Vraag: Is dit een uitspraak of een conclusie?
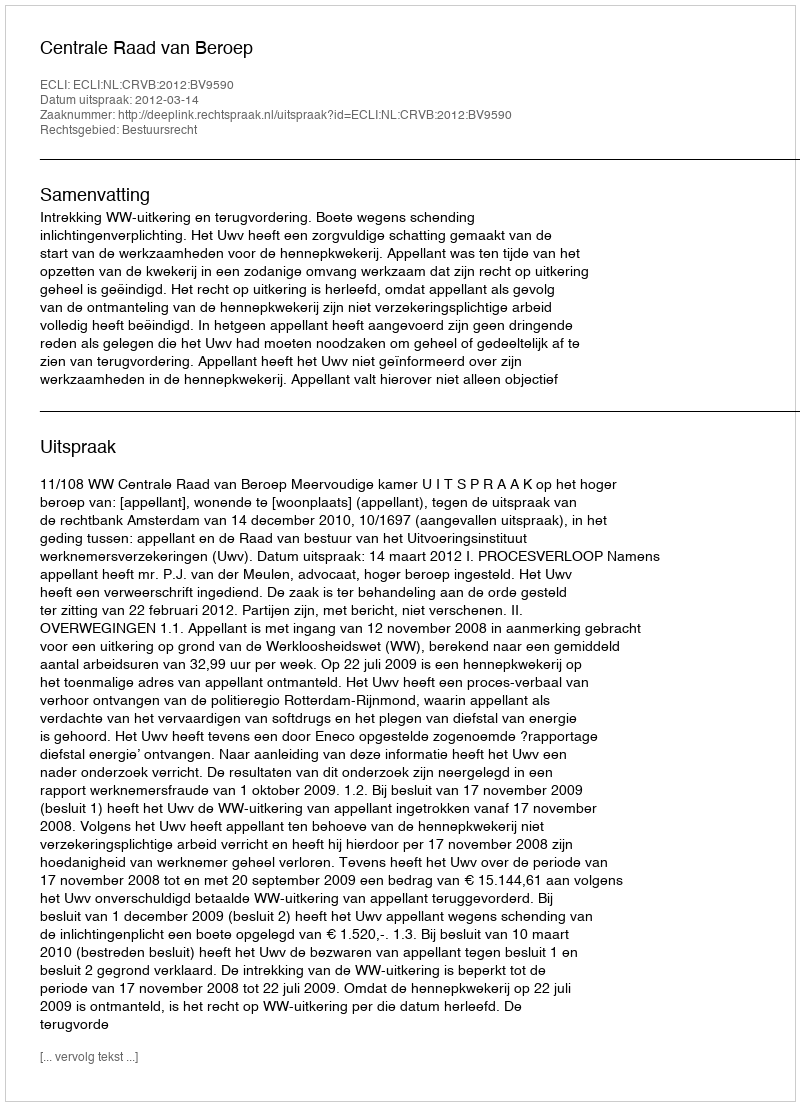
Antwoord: Uitspraak